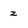
Character: z